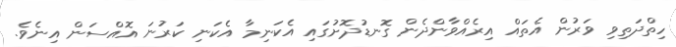
ހިތްދަތިވި ވަރުން އެތައް އިރެއްވާންދެން ގޮނޑުދޮށުގައި އެކަނިމާ އެކަނި ކަރުނަ އޮއްސަން އިނެވެ.